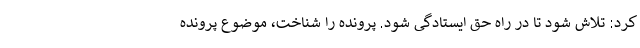
کرد: تلاش شود تا در راه حق ایستادگی شود. پرونده را شناخت، موضوع پرونده